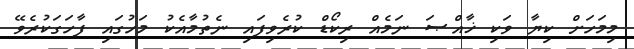
މިމަހަށް ކިޔާ ވަކި ޚާއްޞަ ނަމެއް ރިކޯޑް ކުރެވިފައި ނެތުމާއެކު މަހުގައި ފާހަގަކުރެވޭ